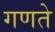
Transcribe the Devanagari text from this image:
गणते